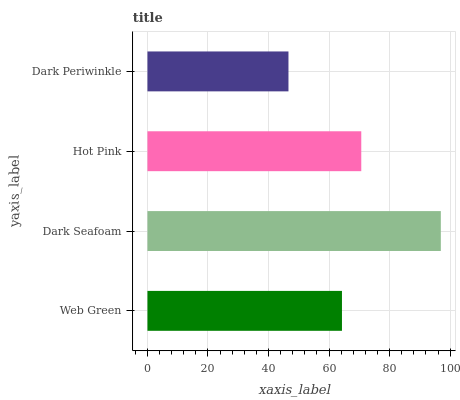
| yaxis_label | bars |
 | --- | --- |
 | Web Green | 64.3 |
 | Dark Seafoam | 96.9 |
 | Hot Pink | 70.6 |
 | Dark Periwinkle | 46.6 |